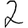
Digit: 2